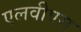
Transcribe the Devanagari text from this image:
एलवीएस